Vana-Antsla_vallavalitsus, lk 64
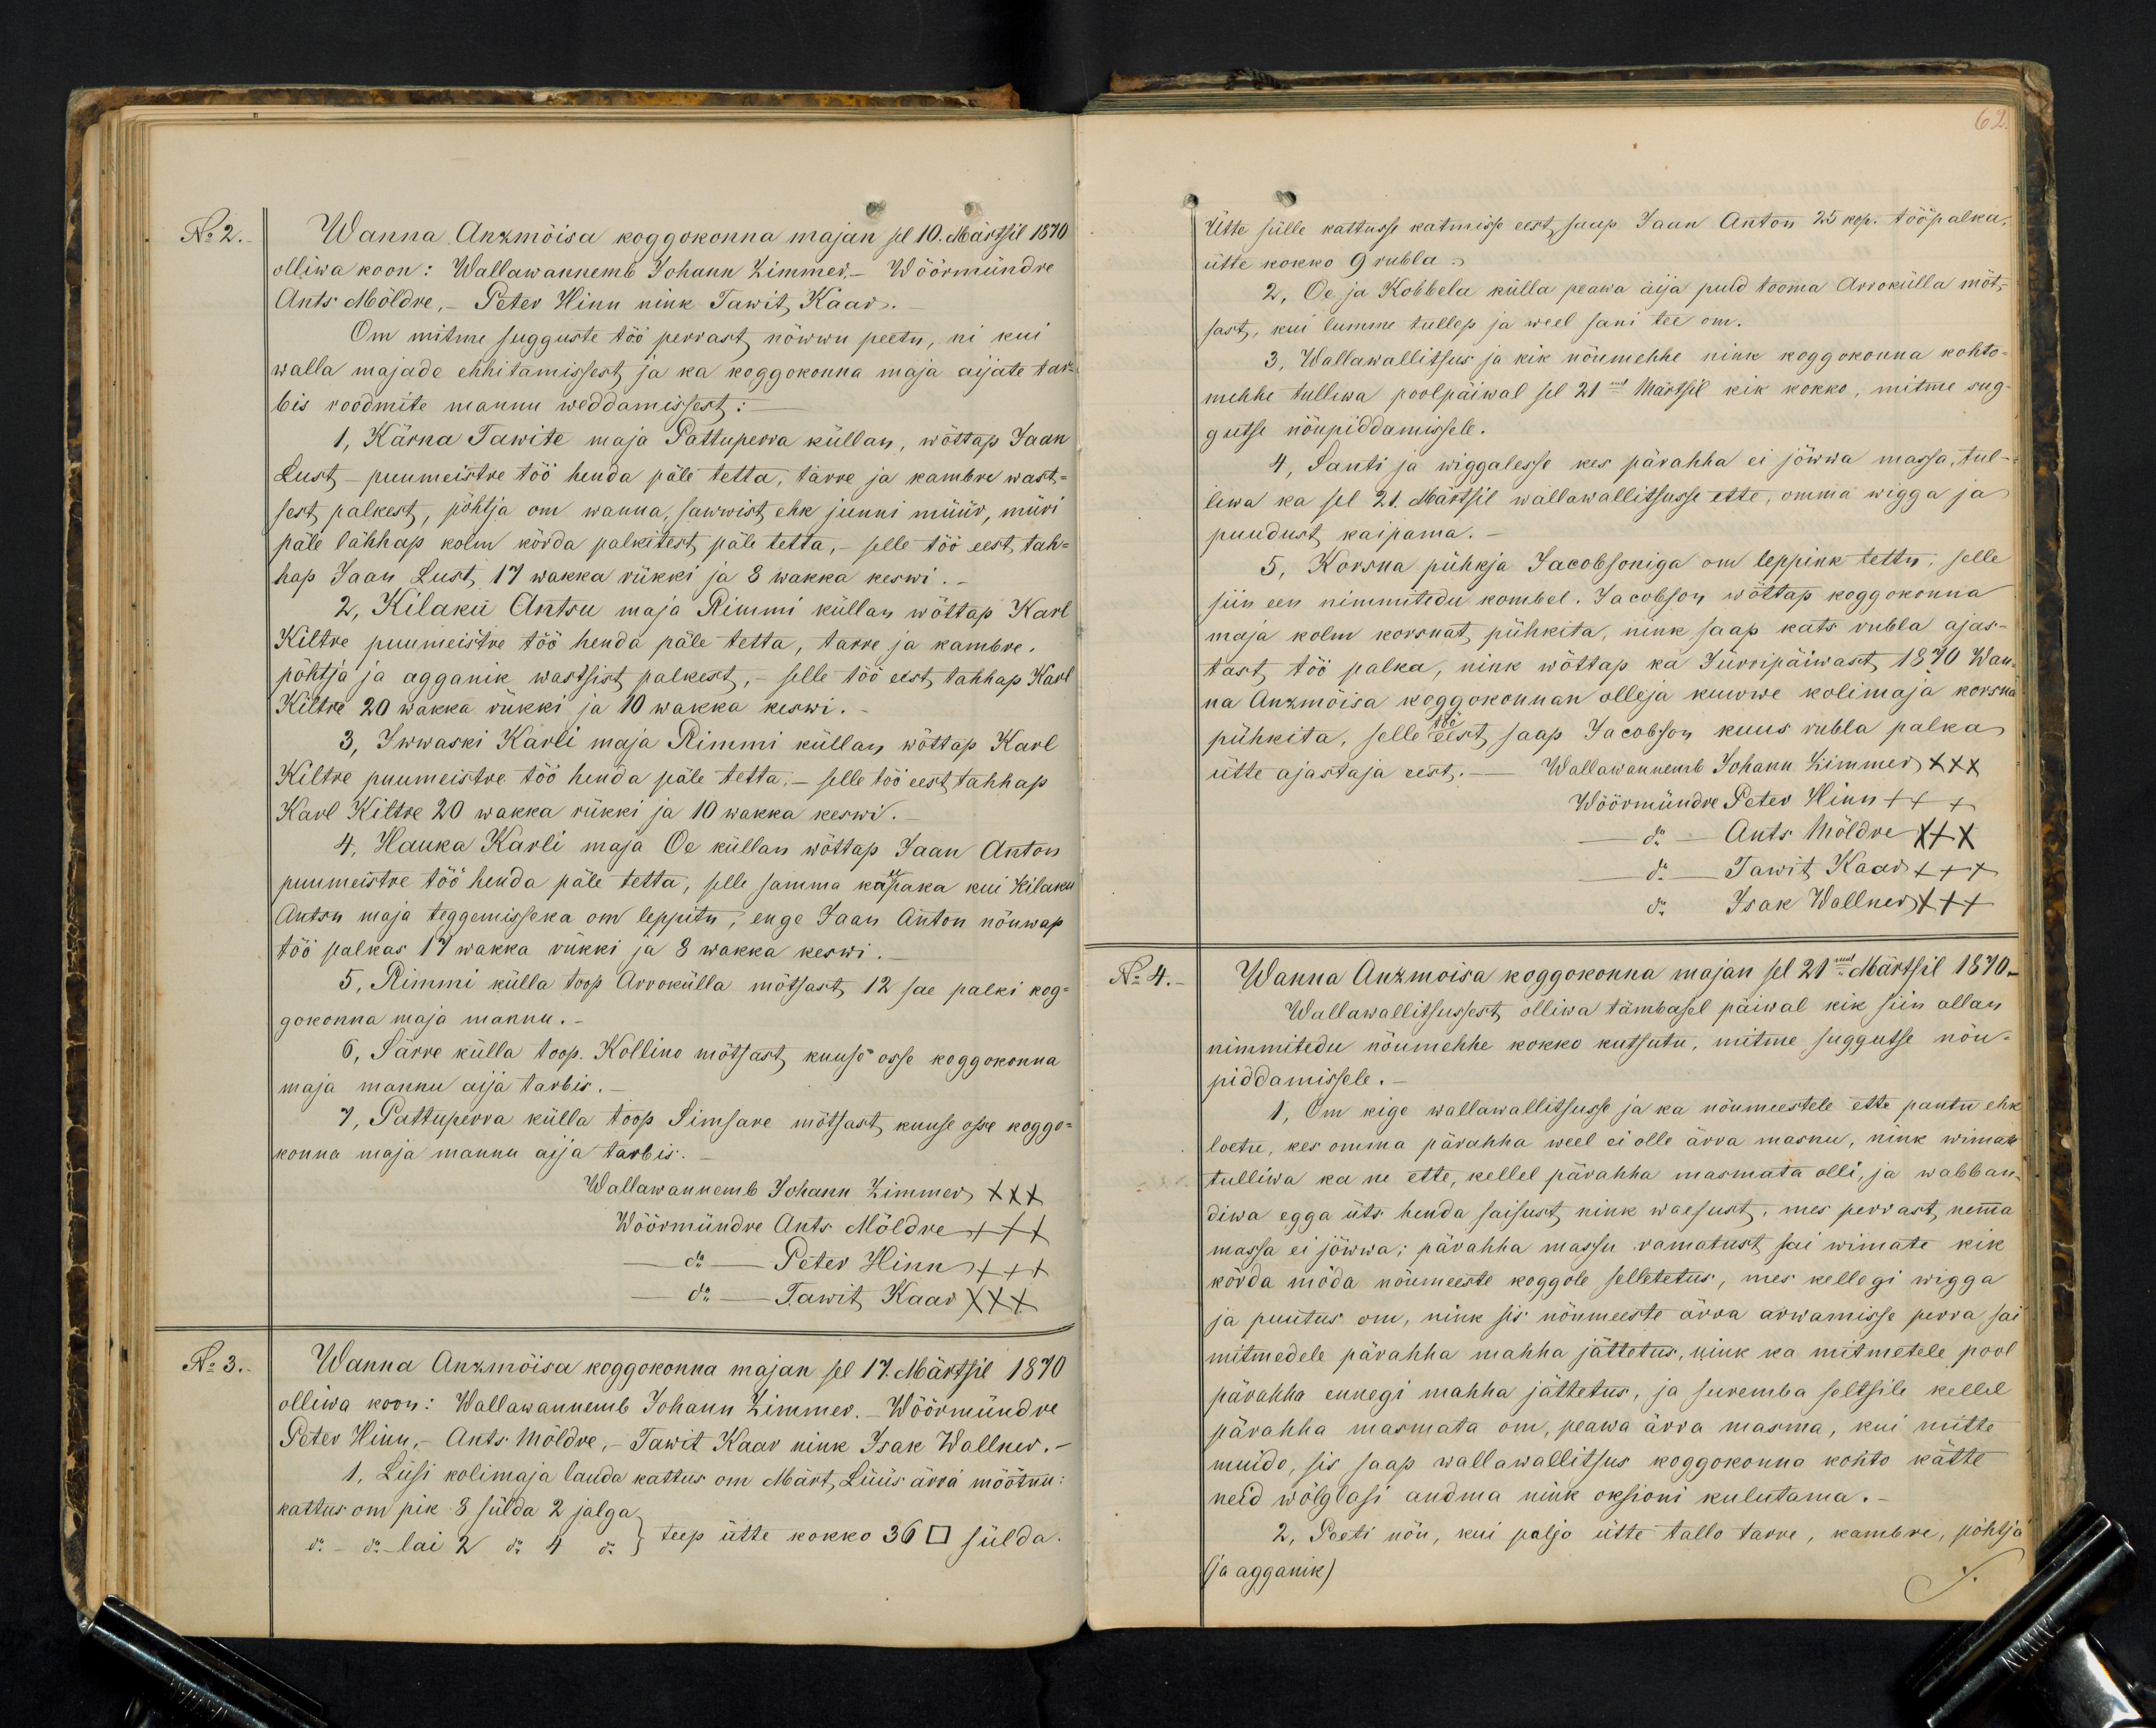
No 2
Wanna. Anzmõisa koggokonna majan sel 10. Märtsil 1870
olliwa koon: Wallawannemb Johann Zimmer, Wöörmündre
Ants Möldre, - Peter Hinn nink Tawit, Kaar.
On mitme sugguste töö perrast nöwwu peetu, nii kui
walla majade ehhitamissest, ja ka koggokonna maja aijate tar-
bis roodmite mannu weddamissest:
1, Kärna Tawite maja Pattuperra küllan, wöttap Jaan
Lust - puumeistre töö henda päle tetta, tärre ja kambri wast-
sest palkest, pöhtja on wanna, sawwist, ehk junni müür, müri
päle lähhap kolm körda palkitest, päle tetta, - selle töö eest tah-
hap Jaan Lust, 17 Wakka rükki ja 8 wakka keswi.
2, Kilaku Antsu maja Rimmi küllan wöttap Karl
Kiltre puumeistre töö henda päle tetta, tarre ja kambre.
pöhtja ja agganik wastsist palkest, - selle töö eest, tahhap Karl
Kiltre 20 wakka rükki ja 10 wakka keswi.
3, Iwwaski Karli maja Rimmi küllas wõttap Karl
Kiltre puumeistre töö hinda päle tetta, - selle töö eest tahhap
Karl Kiltre 20 wakka rükki ja 10 wakka keswi.
4. Hauka Karli maja Oe küllan wöttap Jaan Anton
puumeistre töö henda päle tetta, selle samma kaupaka kui Kilaku
Antsu maja teggemisseka om leppitu, enge Jaan Anton nöuwap
töö palkas 17 wakka rükki ja 8 wakka keswi.
5, Rimmi külla toop Orrokülla mötsast, 12 sae palki kog-
gokonna maja mannu.-
6, Särre külla toop. Kollino mötsast, kuuso osse koggokonna
maja mannu aija tarbis.
4, Pattuperra külla toop Simsare mötsast, kuuse osse koggo-
konna maja mannu aija tarbis.
Wallawannemb Johann Zimmer XXX
Wöörmündre Ants Möldre +++
do - Peter Hinn +++
do - Tawit Kaar XXX
No 3.
Wanna Anzmöisa koggokonna majan sel 17. Märtsil 1870
olliwa koos: Wallawannemb Johann Zimmer. Wöörmündre
Peter Hinn, - Ants. Möldre, - Tawit Kaar nink Isak Wallner.
1, Liisi kolimaja lauda kattus om Märt, Lüüs ärra möötnu
kattus om pik 8 sülda 2 jalga
do do  - lai 2 do 4 do. ; teep ütte kokko 36 □  sülda

Ütte sülle kattusse katmisse eest saap Jaan Anton 25 kop. tööpalka,
ütte kokko 9 rubla.
2, Oe ja Kobbela külla peawa aija puid tooma Arrokülla möt-
sast, kui lumme tullep ja weel sani tee om.
3. Wallawallitsus ja kik nöumehhe nink koggokonna kohto-
mehhe tulliwa poolpäiwal sel 21mal Märtsil kik kokko, mitme sug-
gutse nöupidamissele.
4, Santi ja wiggalesse kes pärahha ei jöwwa massa, tul-
liwa ka sel 21. Märtsil wallawallitsusse ette, omma wigga ja
puudust kaipama.
5, Korsna pühkja Jacobsoniga om leppink tettu, selle
siin een nimmitudu kombel. Jacobson wöttap koggokonna
maja kolm korsnat pühkita, nink saap kats rubla ajas
tast töö palka, nink wöttap ka Jürripäiwast, 1870 Wan-
na Anzmöisa koggokonnan olleja kuwwe kolimaja korsna
pühkita, selle eest saap Jacobson kuus rubla palka
ütte ajastaja eest, - Wallawannemb Johann Zimmer XXX
Wöörmündre Peter Hinn +++
do Ants Möldre XXX
do Tawit Kaar +++
do Isak Wallner XXX
No 4. - Wanna Anzmoisa koggokonna majan sel 21mal Märtsil 1870.
Wallawallitsussest, olliwa tämbasel päiwal kik siin allan
nimmitedu nõumehhe kokko kutsutu, mitme suggutse nöu-
piddamissele.
1, On kige wallawallitsusse ja ka nöumeestele ette pantu ehk
loetu, kes omma pärahha weel ei olle ärra masnu, nink wimate
tulliwa ka ne ette, kellel pärahha masmata olli, ja wabban-
diwa egga üts hinda saisust, nink waesust, mis perrast, nema
massa ei jöwwa; pärahha massu ramatust sai wimate kik
kõrda möda nöumeeste koggole selletetus, mes kellegi wigga
ja puutus om, nink sis nöumeeste ärra arwamisse perra sai
mitmedele pärahha mahha jättetus, nink ka mitmetele pool
pärahha ennegi mahha jättetus, ja suremba seltsile kellel
pärahha masmata om, peawa ärra masma, kui mitte
muido, sis saap wallawallitsus koggokonna kohto kätte
neid wölglasi andma nink oksioni kulutama.
2, Peeti nõu, kui paljo ütte tallo tarre, kambre, põhtja
(ja agganik)